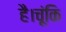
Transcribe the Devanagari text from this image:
है।चूंकि